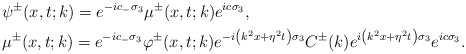
\begin{align*}&\psi^\pm(x,t;k)=e^{-ic_- \sigma_{3}} \mu^\pm(x,t;k) e^{ic\sigma_3},\\&\mu^\pm(x,t;k)=e^{-ic_- \sigma_{3}} \varphi^\pm(x,t;k) e^{-i\left(k^2x+\eta^2 t\right) \sigma_3} C^\pm(k) e^{i\left(k^2 x+\eta^2t\right) \sigma_3} e^{ic\sigma_3}.\end{align*}